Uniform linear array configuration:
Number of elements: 24
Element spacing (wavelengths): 0.5
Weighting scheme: blackman
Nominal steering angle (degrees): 0
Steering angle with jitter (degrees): -1.497
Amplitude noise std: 0.05
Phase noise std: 0.05

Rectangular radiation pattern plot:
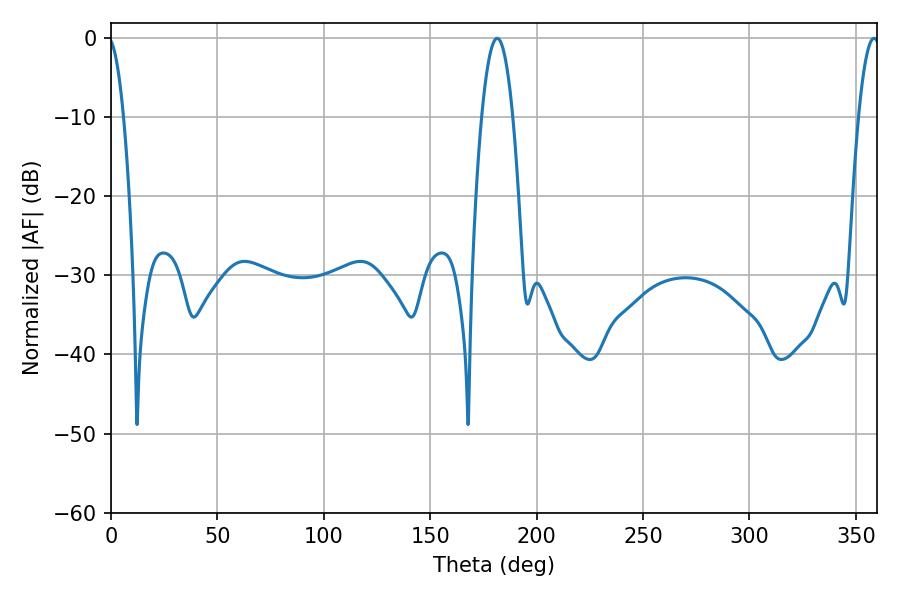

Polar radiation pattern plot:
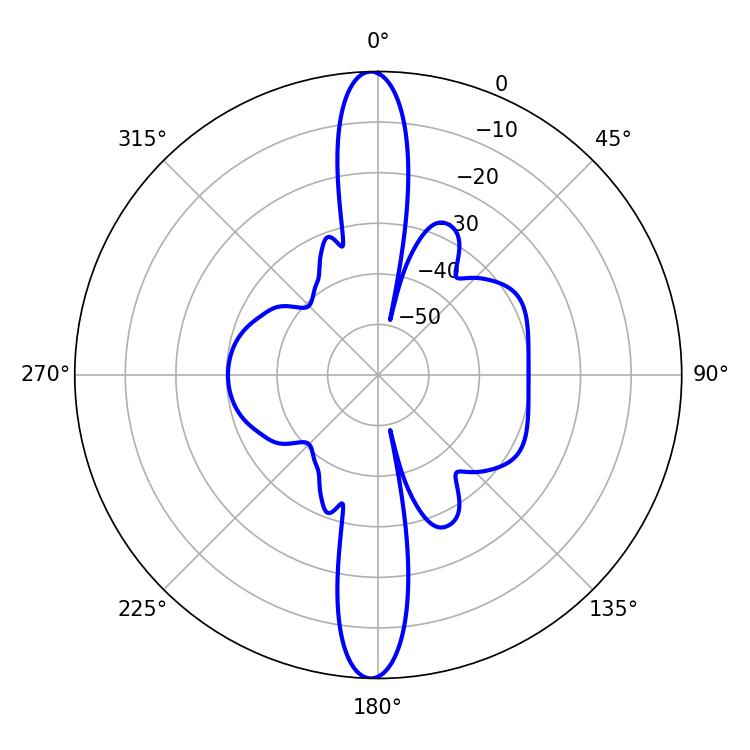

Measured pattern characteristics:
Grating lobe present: FALSE
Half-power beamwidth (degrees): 5.4
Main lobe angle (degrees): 358.56